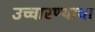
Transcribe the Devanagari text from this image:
उच्चारण्याचा